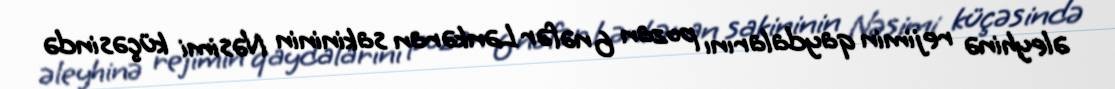
əleyhinə rejimin qaydalarını pozan 6 nəfər Lənkəran sakininin Nəsimi küçəsində